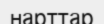
нарттар